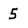
Character: 5